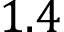
1 . 4